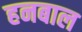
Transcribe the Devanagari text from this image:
हनबाल